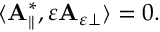
\begin{array} { r } { \langle \mathbf { A } _ { \parallel } ^ { * } , \varepsilon \mathbf { A } _ { \varepsilon \perp } \rangle = 0 . } \end{array}